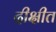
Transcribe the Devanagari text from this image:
दीक्षीत